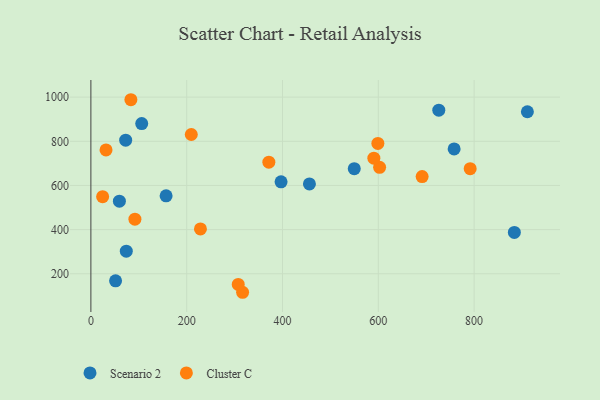
{"axis": {"x": "Distance", "y": "Demand"}, "legend": ["Cluster C", "Scenario 2"], "data": [{"x": "549.8", "y": 675.8, "type": "Scenario 2"}, {"x": "73.9", "y": 302.5, "type": "Scenario 2"}, {"x": "106.1", "y": 880.5, "type": "Scenario 2"}, {"x": "456.2", "y": 606.8, "type": "Scenario 2"}, {"x": "72.6", "y": 805.3, "type": "Scenario 2"}, {"x": "59.5", "y": 528.9, "type": "Scenario 2"}, {"x": "884.0", "y": 387.4, "type": "Scenario 2"}, {"x": "157.0", "y": 552.9, "type": "Scenario 2"}, {"x": "397.0", "y": 616.5, "type": "Scenario 2"}, {"x": "758.3", "y": 765.6, "type": "Scenario 2"}, {"x": "726.3", "y": 941.0, "type": "Scenario 2"}, {"x": "51.5", "y": 168.0, "type": "Scenario 2"}, {"x": "911.2", "y": 933.9, "type": "Scenario 2"}, {"x": "316.7", "y": 116.2, "type": "Cluster C"}, {"x": "91.9", "y": 447.5, "type": "Cluster C"}, {"x": "602.7", "y": 682.2, "type": "Cluster C"}, {"x": "691.5", "y": 640.4, "type": "Cluster C"}, {"x": "590.7", "y": 723.4, "type": "Cluster C"}, {"x": "791.8", "y": 676.0, "type": "Cluster C"}, {"x": "599.1", "y": 790.4, "type": "Cluster C"}, {"x": "228.7", "y": 403.3, "type": "Cluster C"}, {"x": "24.5", "y": 549.0, "type": "Cluster C"}, {"x": "83.5", "y": 988.3, "type": "Cluster C"}, {"x": "371.5", "y": 705.3, "type": "Cluster C"}, {"x": "31.6", "y": 760.9, "type": "Cluster C"}, {"x": "209.6", "y": 830.9, "type": "Cluster C"}, {"x": "307.6", "y": 151.6, "type": "Cluster C"}]}